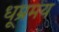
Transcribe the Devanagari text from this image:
धूम्रमय